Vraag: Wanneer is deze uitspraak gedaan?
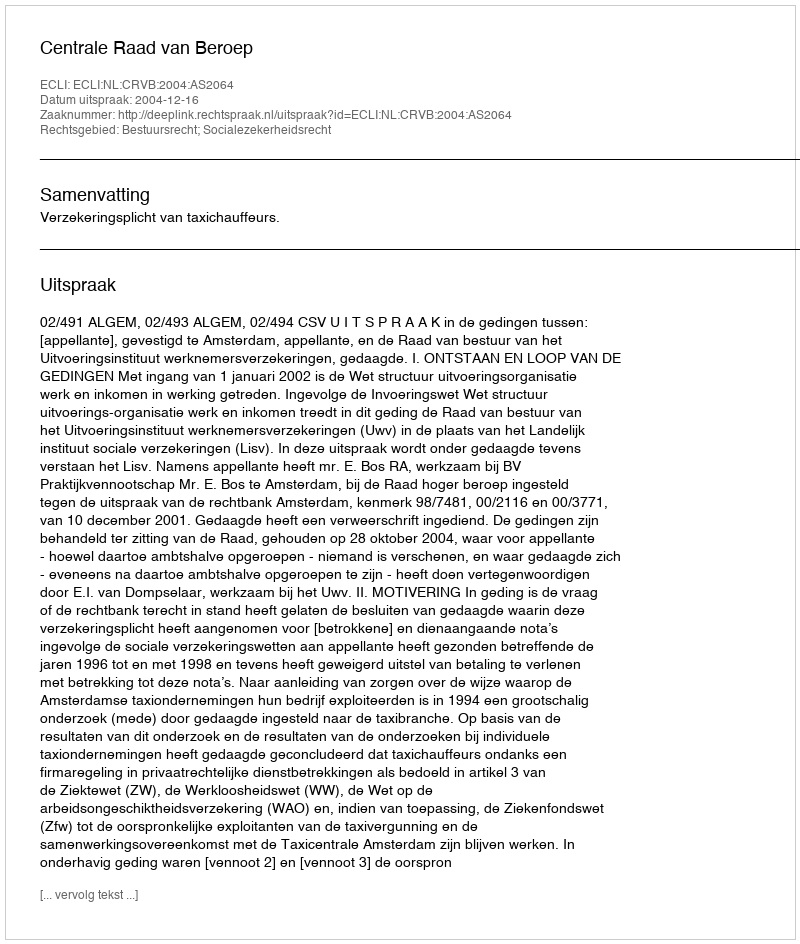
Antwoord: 2004-12-16